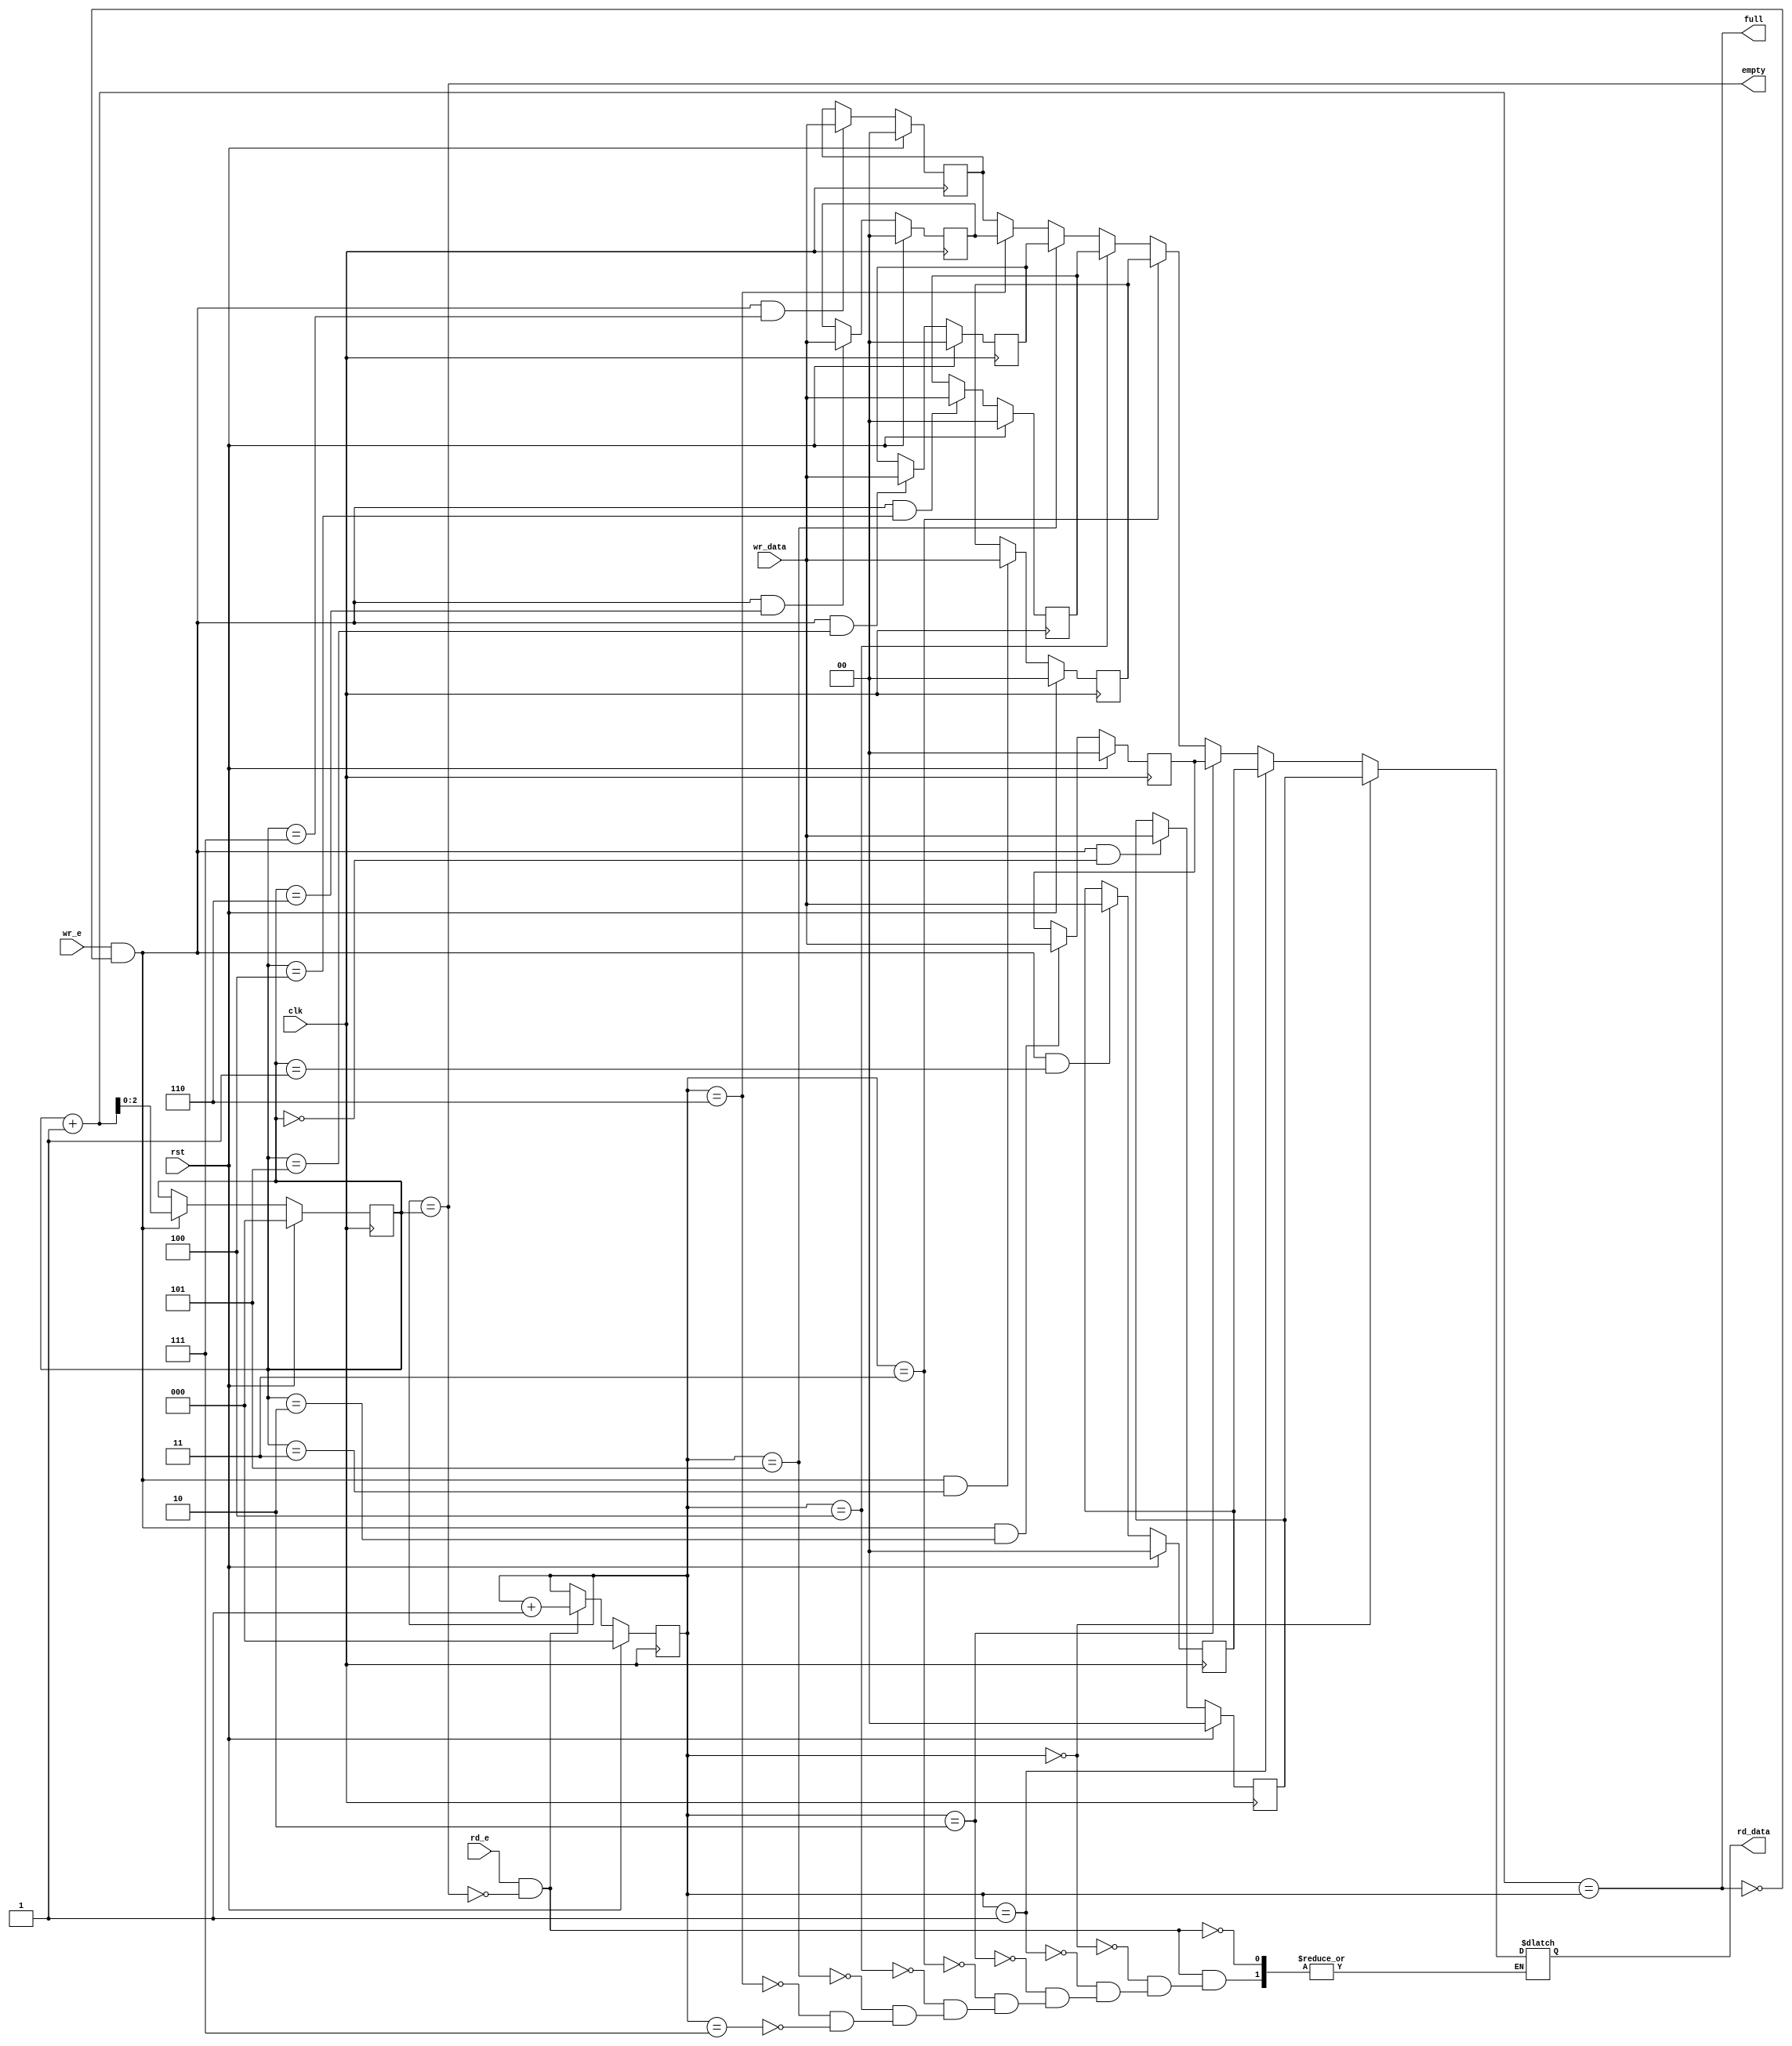
module fifo8(
    input clk,
    input rst,
    input wr_e,
    input [1:0] wr_data,
    input rd_e,
    output reg [1:0] rd_data,
    output full,
    output empty
);

reg [2:0] rd_ptr, rd_ptr_nxt;
reg [2:0] wr_ptr, wr_ptr_nxt;

reg [1:0] data0, data1, data2, data3, data4, data5, data6, data7;
reg [1:0] data_nxt0, data_nxt1, data_nxt2, data_nxt3, data_nxt4, data_nxt5, data_nxt6, data_nxt7;

wire wr_e_qual;
wire rd_e_qual;

assign full = ((wr_ptr + 1) == rd_ptr);
assign empty = (rd_ptr == wr_ptr);
assign wr_e_qual = wr_e && !full;
assign rd_e_qual = rd_e && !empty;

always @(posedge clk) begin
    if (rst) begin
        rd_ptr <= 3'b0;
        wr_ptr <= 3'b0;
    end else begin
        rd_ptr <= rd_ptr_nxt;
        wr_ptr <= wr_ptr_nxt;
    end
end

always @(posedge clk) begin
    data0 <= rst ? 2'b0 : data_nxt0;
    data1 <= rst ? 2'b0 : data_nxt1;
    data2 <= rst ? 2'b0 : data_nxt2;
    data3 <= rst ? 2'b0 : data_nxt3;
    data4 <= rst ? 2'b0 : data_nxt4;
    data5 <= rst ? 2'b0 : data_nxt5;
    data6 <= rst ? 2'b0 : data_nxt6;
    data7 <= rst ? 2'b0 : data_nxt7;
end


always @(*) begin
    data_nxt0 = wr_e_qual && (wr_ptr == 3'h0) ? wr_data : data0;
    data_nxt1 = wr_e_qual && (wr_ptr == 3'h1) ? wr_data : data1;
    data_nxt2 = wr_e_qual && (wr_ptr == 3'h2) ? wr_data : data2;
    data_nxt3 = wr_e_qual && (wr_ptr == 3'h3) ? wr_data : data3;
    data_nxt4 = wr_e_qual && (wr_ptr == 3'h4) ? wr_data : data4;
    data_nxt5 = wr_e_qual && (wr_ptr == 3'h5) ? wr_data : data5;
    data_nxt6 = wr_e_qual && (wr_ptr == 3'h6) ? wr_data : data6;
    data_nxt7 = wr_e_qual && (wr_ptr == 3'h7) ? wr_data : data7;
    if (rd_e_qual) begin
        case(1)
            rd_ptr == 0 : rd_data <= data0;
            rd_ptr == 1 : rd_data <= data1;
            rd_ptr == 2 : rd_data <= data2;
            rd_ptr == 3 : rd_data <= data3;
            rd_ptr == 4 : rd_data <= data4;
            rd_ptr == 5 : rd_data <= data5;
            rd_ptr == 6 : rd_data <= data6;
            rd_ptr == 7 : rd_data <= data7;
        endcase
    end
    rd_ptr_nxt = rd_e_qual ? rd_ptr + 1 : rd_ptr;
    wr_ptr_nxt = wr_e_qual ? wr_ptr + 1 : wr_ptr;
end

endmodule